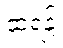
ထရန့်